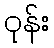
ဝုန်း